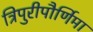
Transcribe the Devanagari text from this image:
त्रिपुरीपौर्णिमा